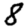
Digit: 8